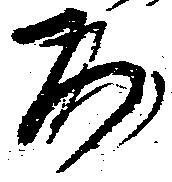
百